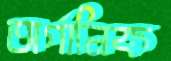
অর্গানিক